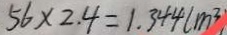
5 6 \times 2 . 4 = 1 . 3 4 4 ( m ^ { 3 } )